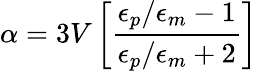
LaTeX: \alpha=3V\left[{\frac{\epsilon_{p}/\epsilon_{m}-1}{\epsilon_{p}/\epsilon_{m}+2}}\right]